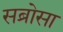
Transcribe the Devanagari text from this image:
सब्रोसा